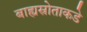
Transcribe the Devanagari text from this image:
बाह्यस्रोताकडे